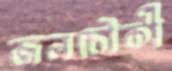
জলচৌকী